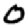
Digit: 0